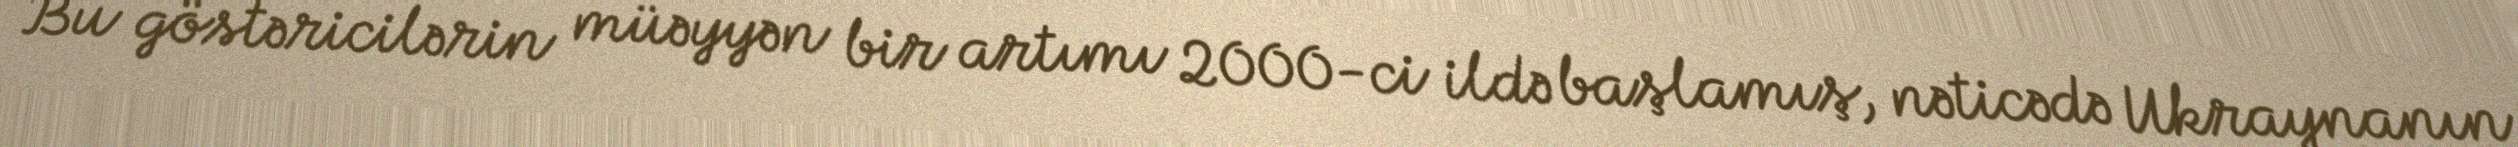
Bu göstəricilərin müəyyən bir artımı 2000-ci ildə başlamış, nəticədə Ukraynanın